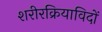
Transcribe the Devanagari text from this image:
शरीरक्रियाविदों